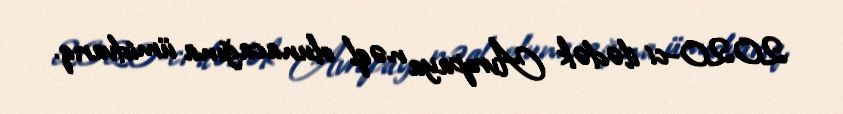
2020-ci ilədək Avropaya nəql olunacağına ümidvarıq.